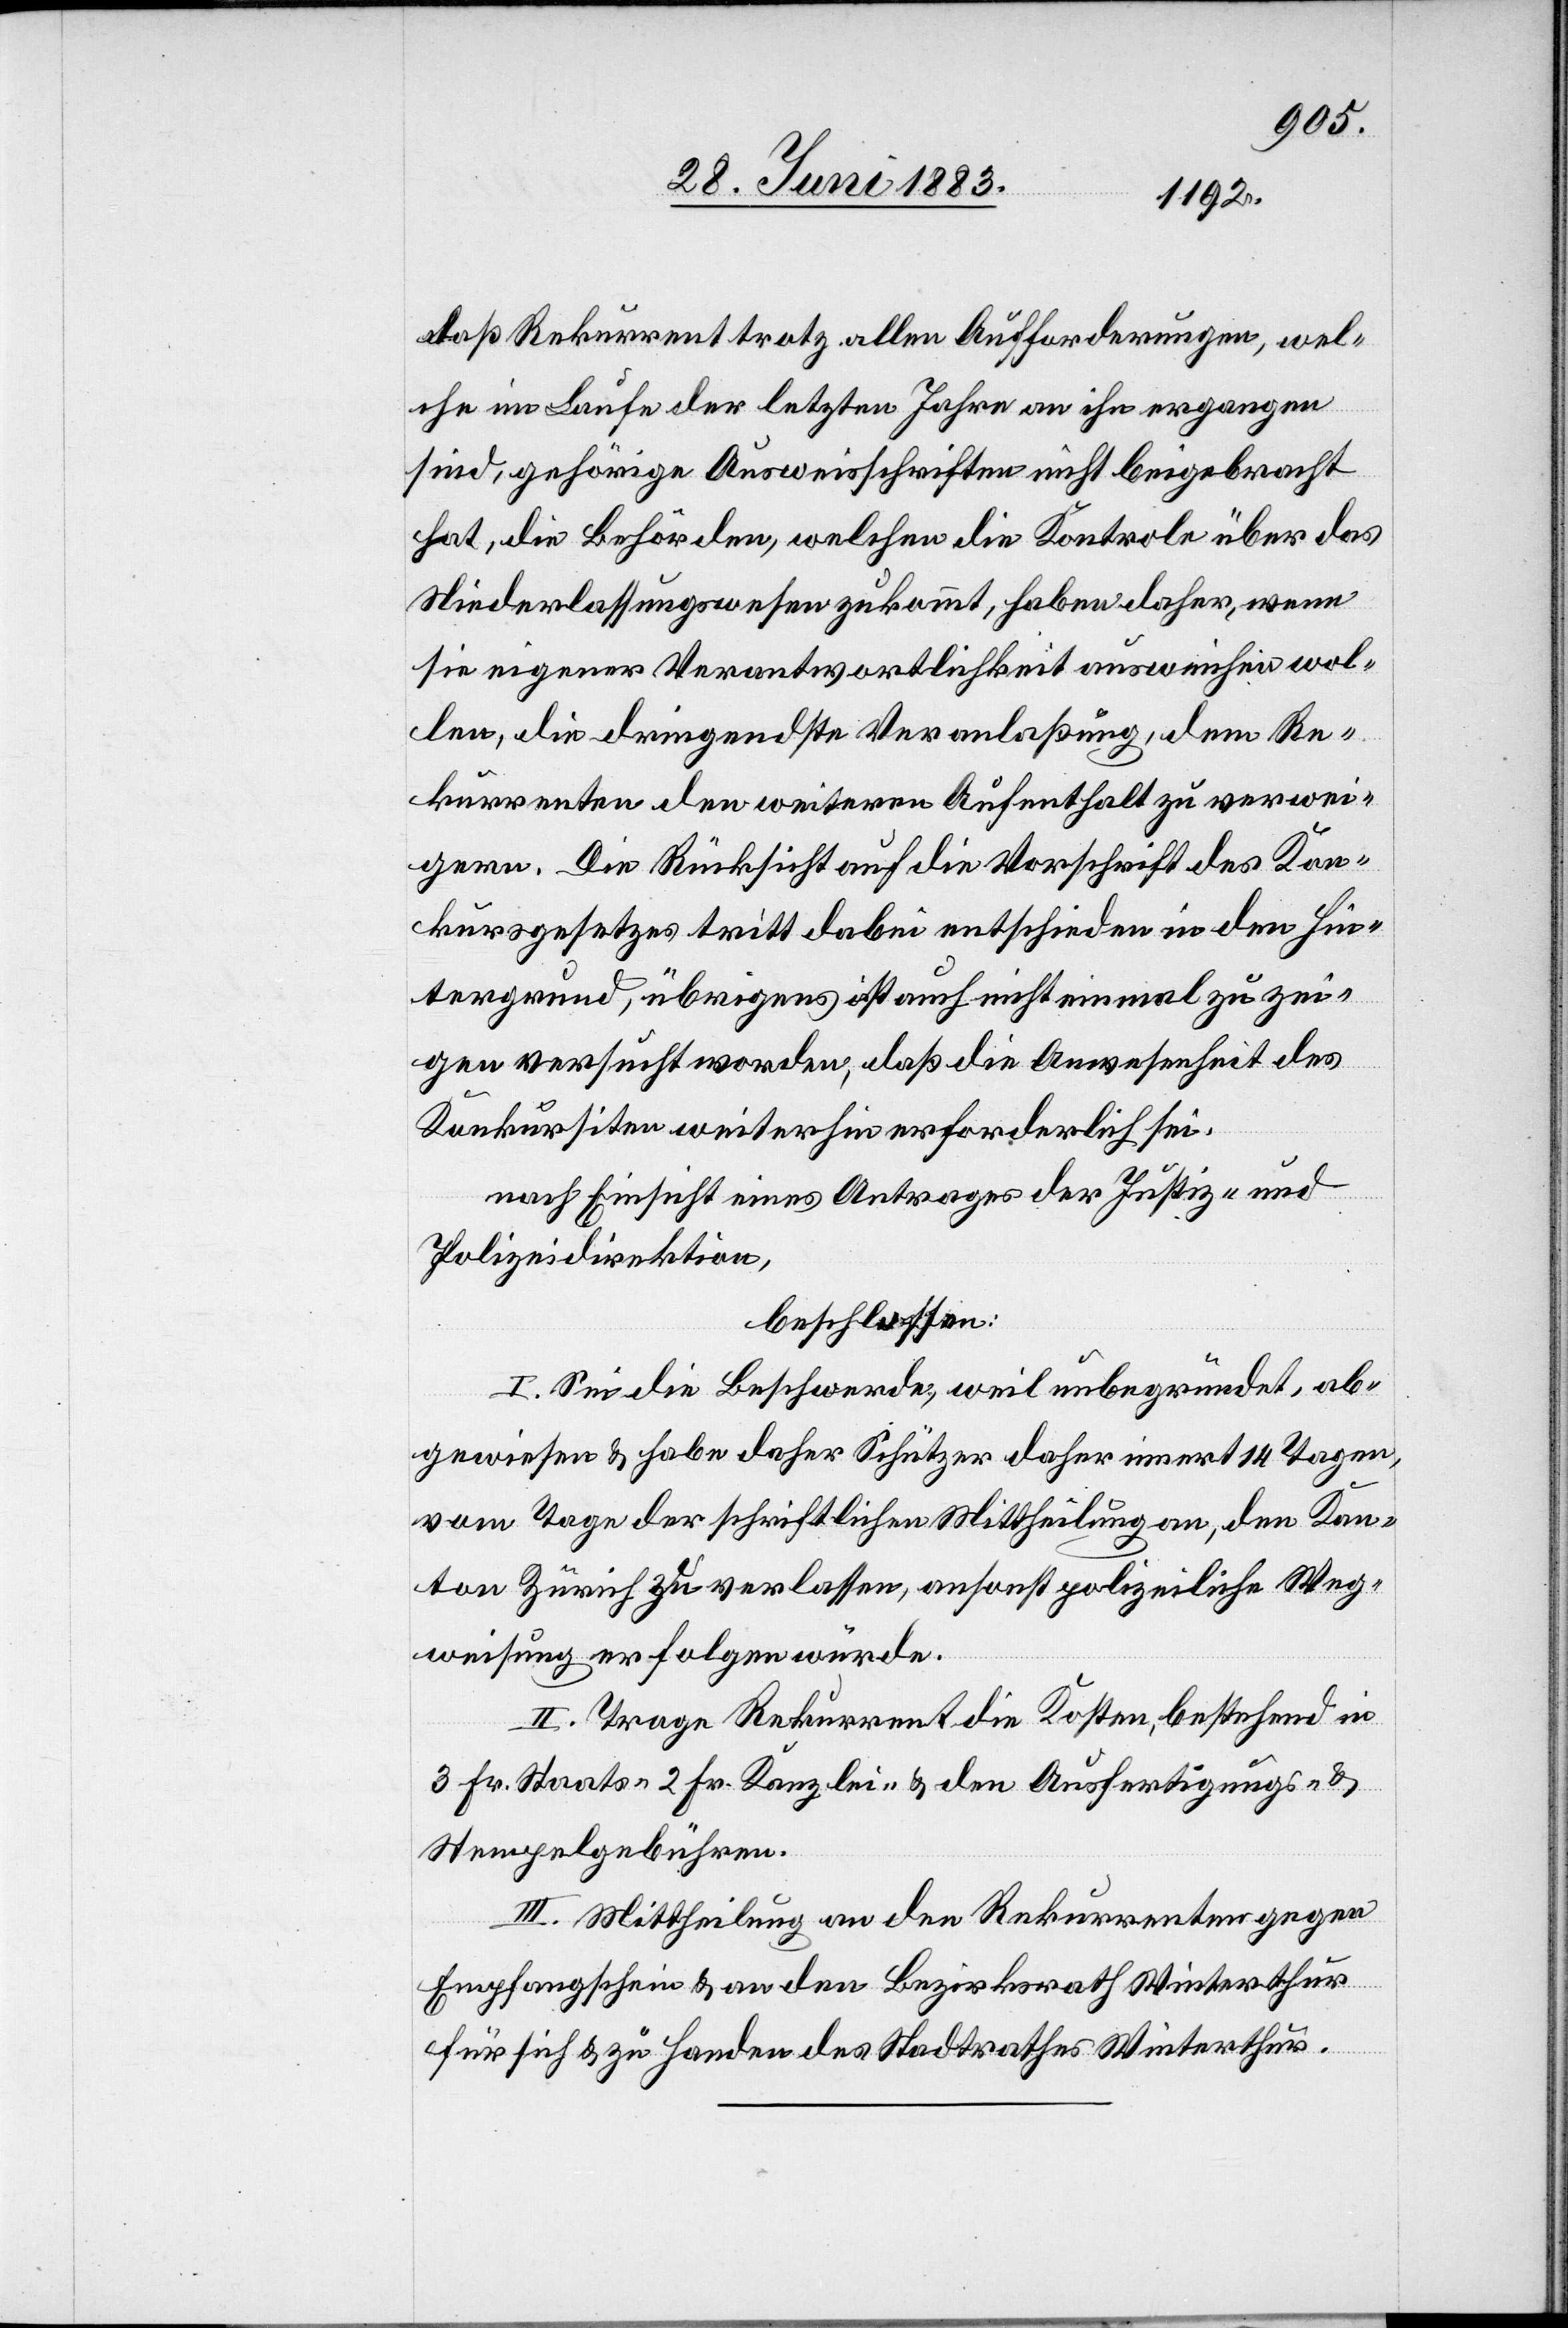
daß Rekurrent trotz allen Aufforderungen, wel¬
che im Laufe der letzten Jahre an ihn ergangen
sind, gehörige Ausweisschriften nicht beigebracht
hat, die Behörden, welchen die Kontrole über das
Niederlassungswesen zukommt, haben daher, wenn
sie eigener Verantwortlichkeit ausweichen wol¬
len, die dringendste Veranlaßung, dem Re¬
kurrenten den weitern Aufenthalt zu verwei¬
gern. Die Rücksicht auf die Vorschrift des Kon¬
kursgesetzes tritt dabei entschieden in den Hin¬
tergrund, übrigens ist auch nicht einmal zu zei¬
gen versucht worden, daß die Anwesenheit des
Konkursiten weiterhin erforderlich sei,
nach Einsicht eines Antrages der Justiz- &
Polizeidirektion,
beschlossen:
I. Sei die Beschwerde, weil unbegründet, ab¬
gewiesen & habe daher Schützer daher [sic!] innert 14 Tagen,
vom Tage der schriftlichen Mittheilung an, den Kan¬
ton Zürich zu verlassen, ansonst polizeiliche Weg¬
weisung erfolgen würde.
II. Trage Rekurrent die Kosten, bestehend in
3 Fr. Staats-[,] 2 Fr. Kanzlei- & den Ausfertigungs- und
Stempelgebühren.
III. Mittheilung an den Rekurrenten gegen
Empfangschein & an den Bezirksrath Winterthur
für sich & zu Handen des Stadtrathes Winterthur.